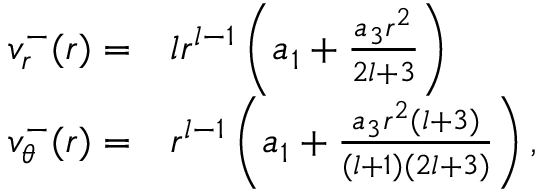
\begin{array} { r l } { v _ { r } ^ { - } ( r ) = } & { { } l r ^ { l - 1 } \left( a _ { 1 } + \frac { a _ { 3 } r ^ { 2 } } { 2 l + 3 } \right) } \\ { v _ { \theta } ^ { - } ( r ) = } & { { } r ^ { l - 1 } \left( a _ { 1 } + \frac { a _ { 3 } r ^ { 2 } ( l + 3 ) } { ( l + 1 ) ( 2 l + 3 ) } \right) , } \end{array}